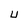
Character: U